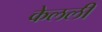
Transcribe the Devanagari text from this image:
केलली